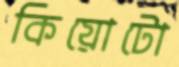
কিয়োটো